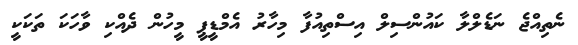
ނެތިއްޖެ ނަޑެލްލާ ކައުންސިލް އިސްތިއުފާ މިހާރު އެމްޑީޕީ މީހުން ދެއްކި ވާހަކަ ތަކަކީ